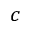
c